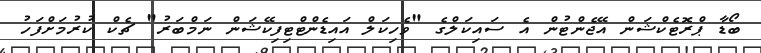
ބޯޑާ ޕްރޮޓެކްޝަން އޭޖެންޓުން އެ ސައިކަލްގެ "ވެހިކަލް އައިޑެންޓްޓިފިކޭޝަން ނަމްބަރު" ޗެކް ކުރުމަށްފަހު